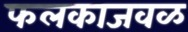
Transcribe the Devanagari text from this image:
फलकाजवळ